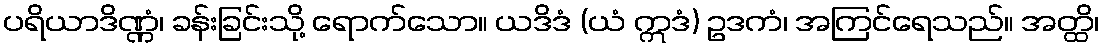
ပရိယာဒိဏ္ဏံ၊ ခန်းခြင်းသို့ ရောက်သော။ ယဒိဒံ (ယံ ဣဒံ) ဥဒကံ၊ အကြင်ရေသည်။ အတ္ထိ၊